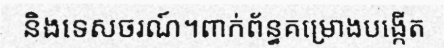
និងទេសចរណ៍។ពាក់ព័ន្ធគម្រោងបង្កើត